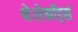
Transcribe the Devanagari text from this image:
थे।रेकॉर्ड्स